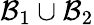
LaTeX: \mathcal{B}_{1}\cup\mathcal{B}_{2}